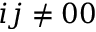
i j \neq 0 0